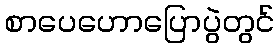
စာပေဟောပြောပွဲတွင်